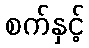
စက်နှင့်